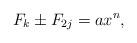
LaTeX: \begin{align*} F_k \pm F_{2j} = a x^n,\end{align*}